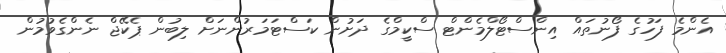
އެންމެ ފަހުގެ ފޯނުތައް އިންސްޓޯލްމެންޓް ސްކީމްގެ ދަށުން ކަސްޓަމަރުންނަށް ލިބުން ޕެކޭޖް ނެންގެވުމުން